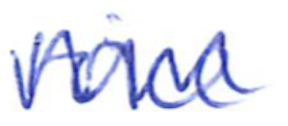
Text: voice
Cross-out: zig-zag
Writing tool: ballpoint